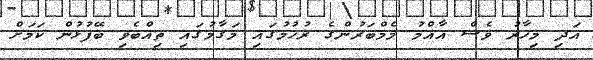
އަދި މިހާރު ވެސް އާއްމު މެމްބަރުންގެ ރުހުމުގައި މަގާމުގައި ތިއްބެވި ބޭފުޅުން ކަމަށް